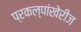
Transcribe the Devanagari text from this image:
प्रकल्पांखेरीज